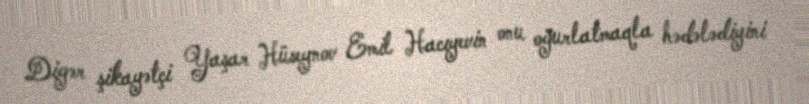
Digər şikayətçi Yaşar Hüseynov Emil Hacıyevin onu oğurlatmaqla hədələdiyini